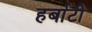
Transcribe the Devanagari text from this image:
हर्बाटी